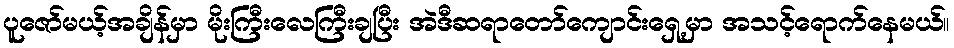
ပူဇော်မယ့်အချိန်မှာ မိုးကြီးလေကြီးချပြီး အဲဒီဆရာတော်ကျောင်းရှေ့မှာ အသင့်ရောက်နေမယ်။